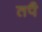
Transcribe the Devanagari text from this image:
तपै